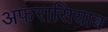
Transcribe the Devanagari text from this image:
अफ़रासियाब